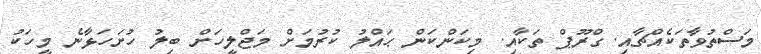
މަސްތުވާތަކެއްޗާއި. ގްރޫޕް ތަކާއި. މިކަންކަން ޙައްލު ކުރުމަށް މަޖްލީހަށް ބިލު ހުށަހަޅާނެ މީހަކު